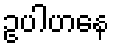
ဥပါဟနေ